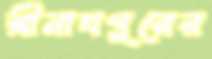
শ্রীনাথপুরের